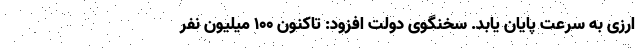
ارزی به سرعت پایان یابد. سخنگوی دولت افزود: تاکنون ۱۰۰ میلیون نفر